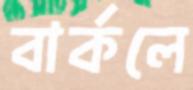
বার্কলে